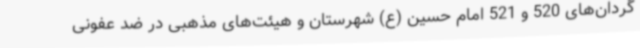
گردان‌های 520 و 521 امام حسین (ع) شهرستان و هیئت‌های مذهبی در ضد عفونی